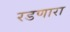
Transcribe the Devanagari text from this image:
रडणारा